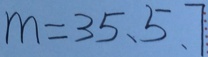
m = 3 5 、 5 、 7